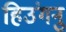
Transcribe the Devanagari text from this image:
हिउंगनु